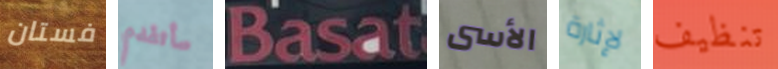
فستان سأتقدم Basat الأسى لإثارة تنظيف